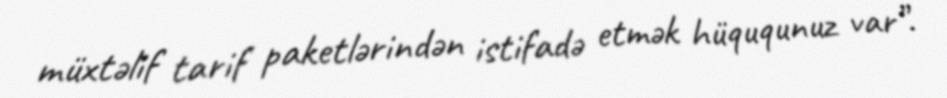
müxtəlif tarif paketlərindən istifadə etmək hüququnuz var”.